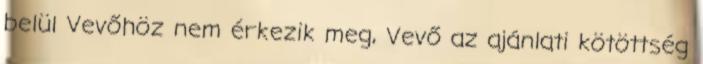
belül Vevőhöz nem érkezik meg, Vevő az ajánlati kötöttség